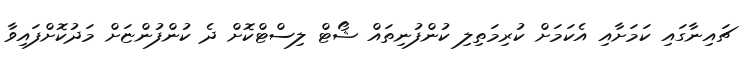
ޗައިނާގައި ކަމަށާއި އެކަމަށް ކުރިމަތިލި ކުންފުނިތައް ޝޯޓް ލިސްޓްކޮށް ދެ ކުންފުންޏަށް މަދުކޮށްފައިވާ